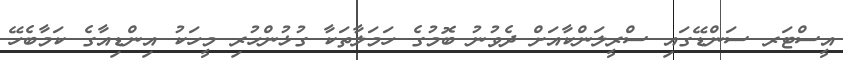
އީސްޓަރ ސަންޑޭގައި ސްރީލަންކާއަށް ދެވުނު ބޮމުގެ ހަމަލާތަކާ ގުޅުންހުރި މީހަކު އިންޑިއާގެ ކަމާބެހޭ